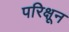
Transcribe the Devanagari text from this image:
परिक्षून